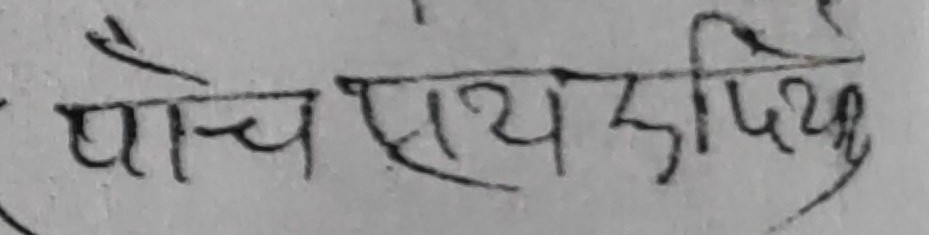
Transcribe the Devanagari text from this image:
पांच सय रुपिय